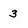
Character: 3